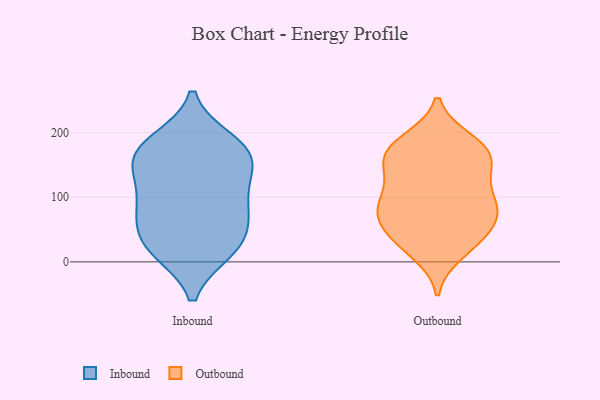
{"axis": {"x": "Shipments", "y": "Value"}, "legend": ["Inbound", "Outbound"], "data": [{"x": "", "y": 17, "type": "Inbound"}, {"x": "", "y": 182, "type": "Inbound"}, {"x": "", "y": 129, "type": "Inbound"}, {"x": "", "y": 140, "type": "Inbound"}, {"x": "", "y": 187, "type": "Inbound"}, {"x": "", "y": 83, "type": "Inbound"}, {"x": "", "y": 81, "type": "Inbound"}, {"x": "", "y": 94, "type": "Inbound"}, {"x": "", "y": 154, "type": "Inbound"}, {"x": "", "y": 169, "type": "Inbound"}, {"x": "", "y": 65, "type": "Inbound"}, {"x": "", "y": 19, "type": "Inbound"}, {"x": "", "y": 168, "type": "Inbound"}, {"x": "", "y": 39, "type": "Inbound"}, {"x": "", "y": 21, "type": "Inbound"}, {"x": "", "y": 162, "type": "Outbound"}, {"x": "", "y": 99, "type": "Outbound"}, {"x": "", "y": 37, "type": "Outbound"}, {"x": "", "y": 76, "type": "Outbound"}, {"x": "", "y": 188, "type": "Outbound"}, {"x": "", "y": 102, "type": "Outbound"}, {"x": "", "y": 165, "type": "Outbound"}, {"x": "", "y": 147, "type": "Outbound"}, {"x": "", "y": 182, "type": "Outbound"}, {"x": "", "y": 139, "type": "Outbound"}, {"x": "", "y": 77, "type": "Outbound"}, {"x": "", "y": 76, "type": "Outbound"}, {"x": "", "y": 111, "type": "Outbound"}, {"x": "", "y": 34, "type": "Outbound"}, {"x": "", "y": 181, "type": "Outbound"}, {"x": "", "y": 14, "type": "Outbound"}, {"x": "", "y": 159, "type": "Outbound"}, {"x": "", "y": 71, "type": "Outbound"}, {"x": "", "y": 65, "type": "Outbound"}, {"x": "", "y": 29, "type": "Outbound"}]}